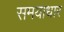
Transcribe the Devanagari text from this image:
समयाधार